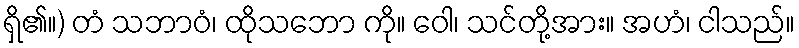
ရှိ၏။) တံ သဘာဝံ၊ ထိုသဘော ကို။ ဝေါ၊ သင်တို့အား။ အဟံ၊ ငါသည်။